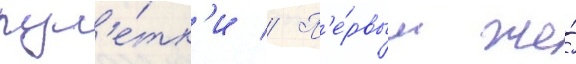
рул'е́тк'и // П'е́рвым же́